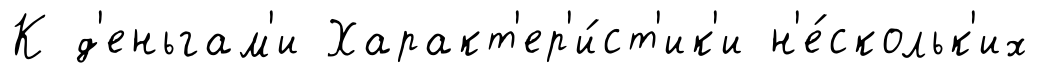
К д'еньгам'и Характ'ер'и́ст'ик'и н'е́скольк'их